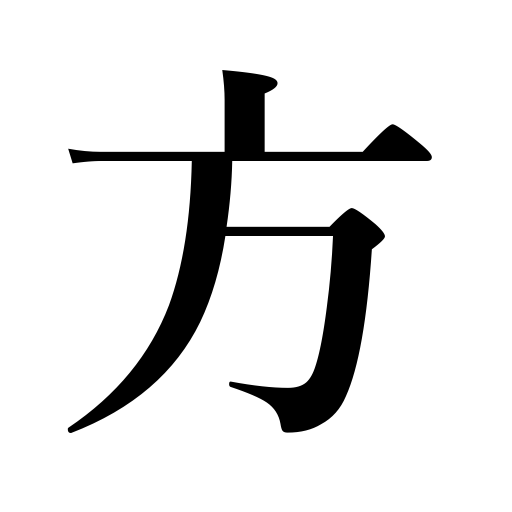
Meanings: process,way,direction,method,side,scheme,person,means,square,settlement,part